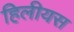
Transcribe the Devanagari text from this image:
हिलीयस